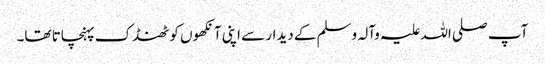
آپ صلی اللہ علیہ وآلہ وسلم کے دیدار سے اپنی آنکھوں کو ٹھنڈک پہنچاتا تھا۔